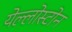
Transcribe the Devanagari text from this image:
येल्लोस्टोन